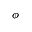
\phi